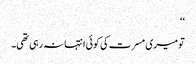
‘‘
تو میری مسرت کی کوئی انتہا نہ رہی تھی۔